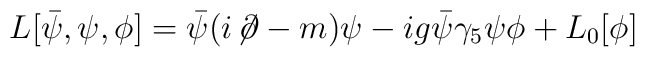
L[\bar{\psi}, \psi, \phi] = \bar{\psi} (i \!\not\! \partial - m) \psi - ig \bar{\psi} \gamma_5 \psi \phi + L_0[ \phi ]